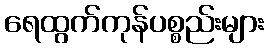
ရေထွက်ကုန်ပစ္စည်းများ